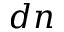
d n